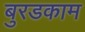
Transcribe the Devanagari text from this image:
बुरडकाम